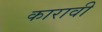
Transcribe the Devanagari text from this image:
कारावी